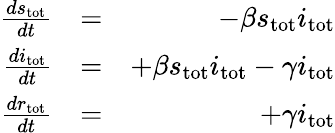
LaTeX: \begin{array}{rlr}{\frac{ds_{\mathrm{tot}}}{dt}}&{=}&{-\beta s_{\mathrm{tot}}i_{\mathrm{tot}}}\\ {\frac{di_{\mathrm{tot}}}{dt}}&{=}&{+\beta s_{\mathrm{tot}}i_{\mathrm{tot}}-\gamma i_{\mathrm{tot}}}\\ {\frac{dr_{\mathrm{tot}}}{dt}}&{=}&{+\gamma i_{\mathrm{tot}}}\end{array}